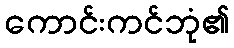
ကောင်းကင်ဘုံ၏